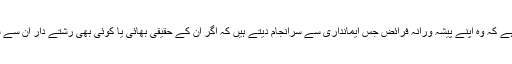
ڈی آئی جی لاہور رائے بابر سعید کے بارے میں مشہورہے کہ وہ اپنے پیشہ ورانہ فرائض جس ایمانداری سے سرانجام دیتے ہیں کہ اگر ان کے حقیقی بھائی یا کوئی بھی رشتے دار ان سے سفارش کروا نا چا ہیں تو و ہ انھیں خاطر میں نہیں لا تے۔